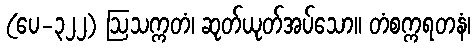
(ပေ-၃၂၂) ဩသက္ကတံ၊ ဆုတ်ယုတ်အပ်သော။ တံစက္ကရတနံ၊